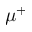
\mu ^ { + }